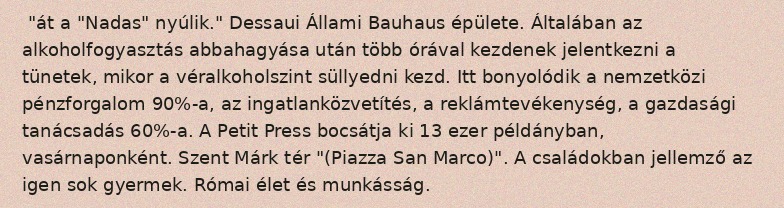
"át a "Nadas" nyúlik." Dessaui Állami Bauhaus épülete. Általában az alkoholfogyasztás abbahagyása után több órával kezdenek jelentkezni a tünetek, mikor a véralkoholszint süllyedni kezd. Itt bonyolódik a nemzetközi pénzforgalom 90%-a, az ingatlanközvetítés, a reklámtevékenység, a gazdasági tanácsadás 60%-a. A Petit Press bocsátja ki 13 ezer példányban, vasárnaponként. Szent Márk tér "(Piazza San Marco)". A családokban jellemző az igen sok gyermek. Római élet és munkásság.